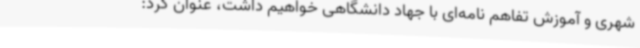
شهری و آموزش تفاهم نامه‌ای با جهاد دانشگاهی خواهیم داشت، عنوان کرد: